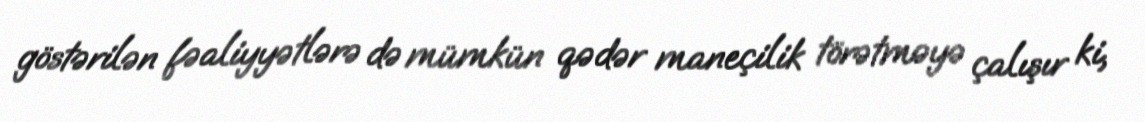
göstərilən fəaliyyətlərə də mümkün qədər maneçilik törətməyə çalışır ki,